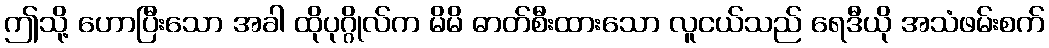
ဤသို့ ဟောပြီးသော အခါ ထိုပုဂ္ဂိုလ်က မိမိ ဓာတ်စီးထားသော လူငယ်သည် ရေဒီယို အသံဖမ်းစက်